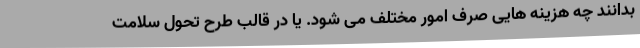
بدانند چه هزینه هایی صرف امور مختلف می شود. یا در قالب طرح تحول سلامت